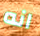
انه